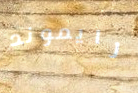
رايموند